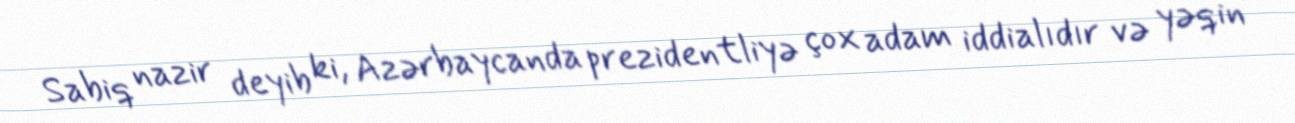
Sabiq nazir deyib ki, Azərbaycanda prezidentliyə çox adam iddialıdır və yəqin